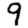
Digit: 9